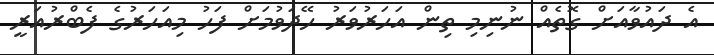
އެ ދައުވާއަށް ގޮތެއް ނުނިމި ތިން އަހަރުވަރު ހޭދަވުމަށް ފަހު މިއަހަރުގެ ފެބްރުއަރީ